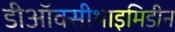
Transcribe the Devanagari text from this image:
डीऑक्सीथाइमिडीन